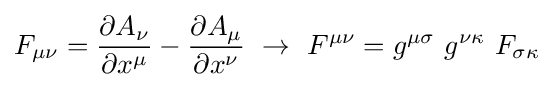
F_{\mu \nu }={\frac {\partial A_{\nu }}{\partial x^{\mu }}}-{\frac {\partial A_{\mu }}{\partial x^{\nu }}}\ \to \ F^{\mu \nu }=g^{\mu \sigma }\ g^{\nu \kappa }\ F_{\sigma \kappa }